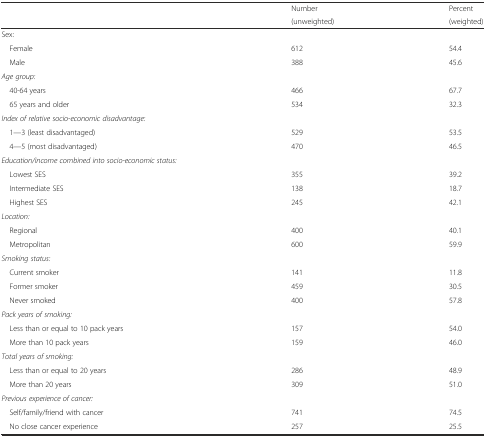
<table><thead><tr><td rowspan="2"></td><td><b>Number</b></td><td><b>Percent</b></td></tr><tr><td><b>(unweighted)</b></td><td><b>(weighted)</b></td></tr></thead><tbody><tr><td>Sex:</td><td></td><td></td></tr><tr><td> Female</td><td>612</td><td>54.4</td></tr><tr><td> Male</td><td>388</td><td>45.6</td></tr><tr><td><i>Age group:</i></td><td></td><td></td></tr><tr><td> 40-64 years</td><td>466</td><td>67.7</td></tr><tr><td> 65 years and older</td><td>534</td><td>32.3</td></tr><tr><td><i>Index of relative socio-economic disadvantage:</i></td><td></td><td></td></tr><tr><td> 1—3 (least disadvantaged)</td><td>529</td><td>53.5</td></tr><tr><td> 4—5 (most disadvantaged)</td><td>470</td><td>46.5</td></tr><tr><td><i>Education/income combined into socio-economic status:</i></td><td></td><td></td></tr><tr><td> Lowest SES</td><td>355</td><td>39.2</td></tr><tr><td> Intermediate SES</td><td>138</td><td>18.7</td></tr><tr><td> Highest SES</td><td>245</td><td>42.1</td></tr><tr><td><i>Location:</i></td><td></td><td></td></tr><tr><td> Regional</td><td>400</td><td>40.1</td></tr><tr><td> Metropolitan</td><td>600</td><td>59.9</td></tr><tr><td><i>Smoking status:</i></td><td></td><td></td></tr><tr><td> Current smoker</td><td>141</td><td>11.8</td></tr><tr><td> Former smoker</td><td>459</td><td>30.5</td></tr><tr><td> Never smoked</td><td>400</td><td>57.8</td></tr><tr><td><i>Pack years of smoking:</i></td><td></td><td></td></tr><tr><td> Less than or equal to 10 pack years</td><td>157</td><td>54.0</td></tr><tr><td> More than 10 pack years</td><td>159</td><td>46.0</td></tr><tr><td><i>Total years of smoking:</i></td><td></td><td></td></tr><tr><td> Less than or equal to 20 years</td><td>286</td><td>48.9</td></tr><tr><td> More than 20 years</td><td>309</td><td>51.0</td></tr><tr><td><i>Previous experience of cancer:</i></td><td></td><td></td></tr><tr><td> Self/family/friend with cancer</td><td>741</td><td>74.5</td></tr><tr><td> No close cancer experience</td><td>257</td><td>25.5</td></tr></tbody></table>